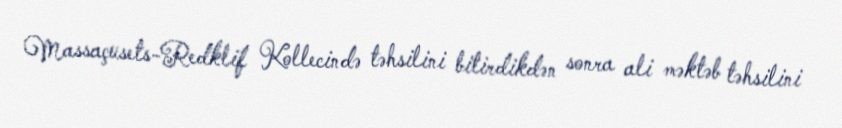
Massaçusets-Redklif Kollecində təhsilini bitirdikdən sonra ali məktəb təhsilini